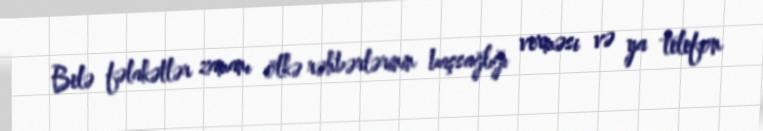
Belə fəlakətlər zamanı ölkə rəhbərlərinin başsağlığı verməsi və ya telefon